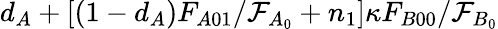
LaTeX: d_{A}+[(1-d_{A})F_{A01}/\mathcal{F}_{A_{0}}+n_{1}]\kappa F_{B00}/\mathcal{F}_{B_{0}}